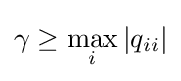
\gamma \geq \max _{i}|q_{ii}|